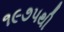
૧૯૭૫થી